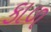
કાળ